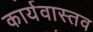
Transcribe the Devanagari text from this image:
कार्यवास्तव